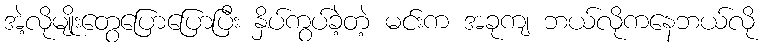
အဲ့လိုမျိုးတွေပြောပြောပြီး နှိပ်ကွပ်ခဲ့တဲ့ မင်းက အခုကျ ဘယ်လိုကနေဘယ်လို